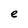
Character: e